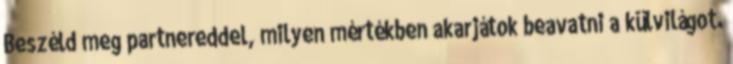
Beszéld meg partnereddel, milyen mértékben akarjátok beavatni a külvilágot.